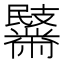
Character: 𪓏